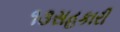
૧૩સહકારી